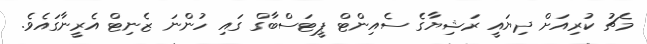
މެޗު ކުރިއަށް ދިޔައީ ރަޝިޔާގެ ސެއިންޓް ޕީޓަސްބާގް ގައި ހުންނަ ޒެނިޓް އެރީނާގައެވެ.